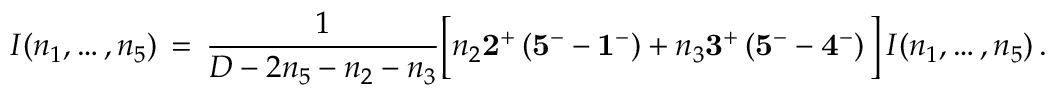
I ( n _ { 1 } , \ldots , n _ { 5 } ) \, = \, \frac { 1 } { D - 2 n _ { 5 } - n _ { 2 } - n _ { 3 } } \Big [ n _ { 2 } { \bf 2 ^ { + } } \left( { \bf 5 ^ { - } } - { \bf 1 ^ { - } } \right) + n _ { 3 } { \bf 3 ^ { + } } \left( { \bf 5 ^ { - } } - { \bf 4 ^ { - } } \right) \Big ] \, I ( n _ { 1 } , \ldots , n _ { 5 } ) \, .